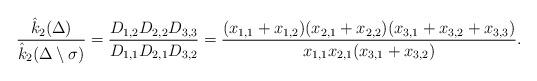
LaTeX: \begin{align*}\dfrac{\hat{k}_2{(\Delta)}}{\hat{k}_2(\Delta\setminus\sigma)}= \dfrac{D_{1,2}D_{2,2}D_{3,3}}{D_{1,1}D_{2,1}D_{3,2}}=\dfrac{(x_{1,1}+x_{1,2})(x_{2,1}+x_{2,2})(x_{3,1}+x_{3,2}+x_{3,3})}{x_{1,1}x_{2,1}(x_{3,1}+x_{3,2})}.\end{align*}